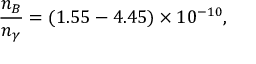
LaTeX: \frac { n _ { B } } { n _ { \gamma } } = ( 1 . 5 5 - 4 . 4 5 ) \times 1 0 ^ { - 1 0 } ,